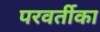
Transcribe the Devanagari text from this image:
परवर्तीका